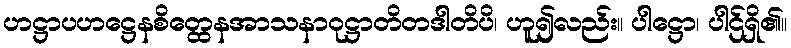
ဟဋ္ဌာပဟဋ္ဌေနစိတ္ထေနအာသနာဝုဋ္ဌာတိတဒါတိပိ၊ ဟူ၍လည်း။ ပါဋ္ဌော၊ ပါဌ်ရှိ၏။